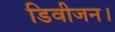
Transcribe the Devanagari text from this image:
डिवीजन।